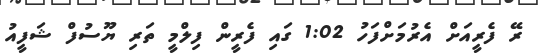
ރޭ ފެރީއަށް އެރުމަށްފަހު 1:02 ގައި ފެރީން ފިލްމީ ތަރި ޔޫސުފް ޝަފީއު